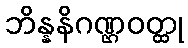
ဘိန္နနိဂဏ္ဌဝတ္ထု